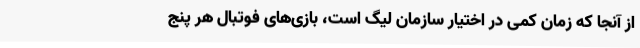
از آنجا که زمان کمی در اختیار سازمان لیگ است، بازی‌های فوتبال هر پنج